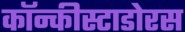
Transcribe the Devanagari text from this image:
कॉन्कीस्टाडोरस